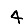
Digit: 4